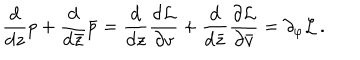
\frac { \mathrm { d } } { \mathrm { d } z } p + \frac { \mathrm { d } } { \mathrm { d } \bar { z } } \bar { p } = \frac { \mathrm { d } } { \mathrm { d } z } \frac { \partial { \cal L } } { \partial v } + \frac { \mathrm { d } } { \mathrm { d } \bar { z } } \frac { \partial { \cal L } } { \partial \bar { v } } = \partial _ { \varphi } { \cal L } \, .